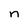
Character: n